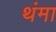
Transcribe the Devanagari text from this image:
थंमा